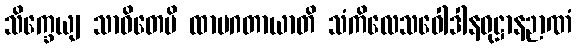
သိက္ခေယျ သာဝိတေပိ ထာမဂတာယာတိ သံကိလေသဝေါဒါနဝုဋ္ဌာနဉာဏံ